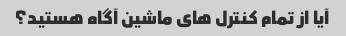
آیا از تمام کنترل های ماشین آگاه هستید؟